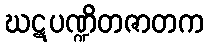
ဃဋပဏ္ဍိတဇာတက